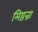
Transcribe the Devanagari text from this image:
मिष्ठन्ना